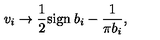
v _ { i } \to \frac { 1 } { 2 } \mathrm { s i g n } \: b _ { i } - \frac { 1 } { \pi b _ { i } } ,